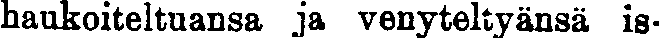
haukoiteltuansa ja venyteltyänsä is-